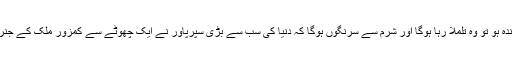
ہو سکتا ہے اس بہادری پر ٹرمپ حکومت پھولی نہ سمائی ہو لیکن ٹرمپ کا ضمیر اگر زندہ ہو تو وہ تلملا رہا ہوگا اور شرم سے سرنگوں ہوگا کہ دنیا کی سب سے بڑی سپرپاور نے ایک چھوٹے سے کمزور ملک کے جنرل کو 7 ساتھیوں کے ساتھ قتل کرکے نہ کوئی کارنامہ انجام دیا نہ بہادری کا مظاہرہ کیا۔